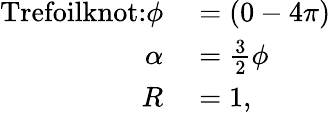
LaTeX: \begin{array}{rl}{\textrm{Trefoilknot:}\phi}&{{}=(0-4\pi)}\\ {\alpha}&{{}=\frac{3}{2}\phi}\\ {R}&{{}=1,}\end{array}